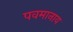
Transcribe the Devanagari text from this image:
पवमानाय